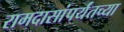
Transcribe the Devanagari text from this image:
रामदासांपर्यंतच्या